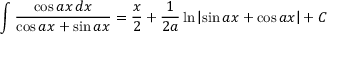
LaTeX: \int { \frac { \cos a x \, d x } { \cos a x + \sin a x } } = { \frac { x } { 2 } } + { \frac { 1 } { 2 a } } \ln \left| \sin a x + \cos a x \right| + C